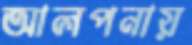
আলপনায়